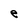
Character: e